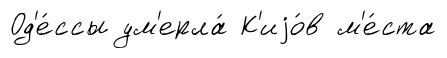
Од'е́ссы ум'ерла́ К'иjо́в м'е́ста